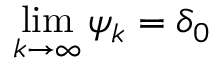
\operatorname* { l i m } _ { k \to \infty } \psi _ { k } = \delta _ { 0 }